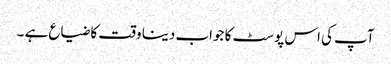
آپ کی اس پوسٹ کا جواب دینا وقت کا ضیاع ہے ۔